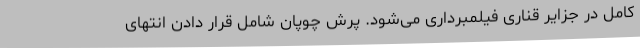
کامل در جزایر قناری فیلمبرداری می‌شود. پرش چوپان شامل قرار دادن انتهای